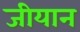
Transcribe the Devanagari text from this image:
जीयान